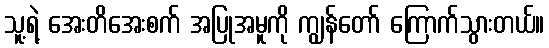
သူ့ရဲ့ အေးတိအေးစက် အပြုအမူကို ကျွန်တော် ကြောက်သွားတယ်။